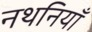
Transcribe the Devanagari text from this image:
नथनियाँ